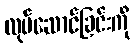
လုပ်ဆောင်ခြင်းကို